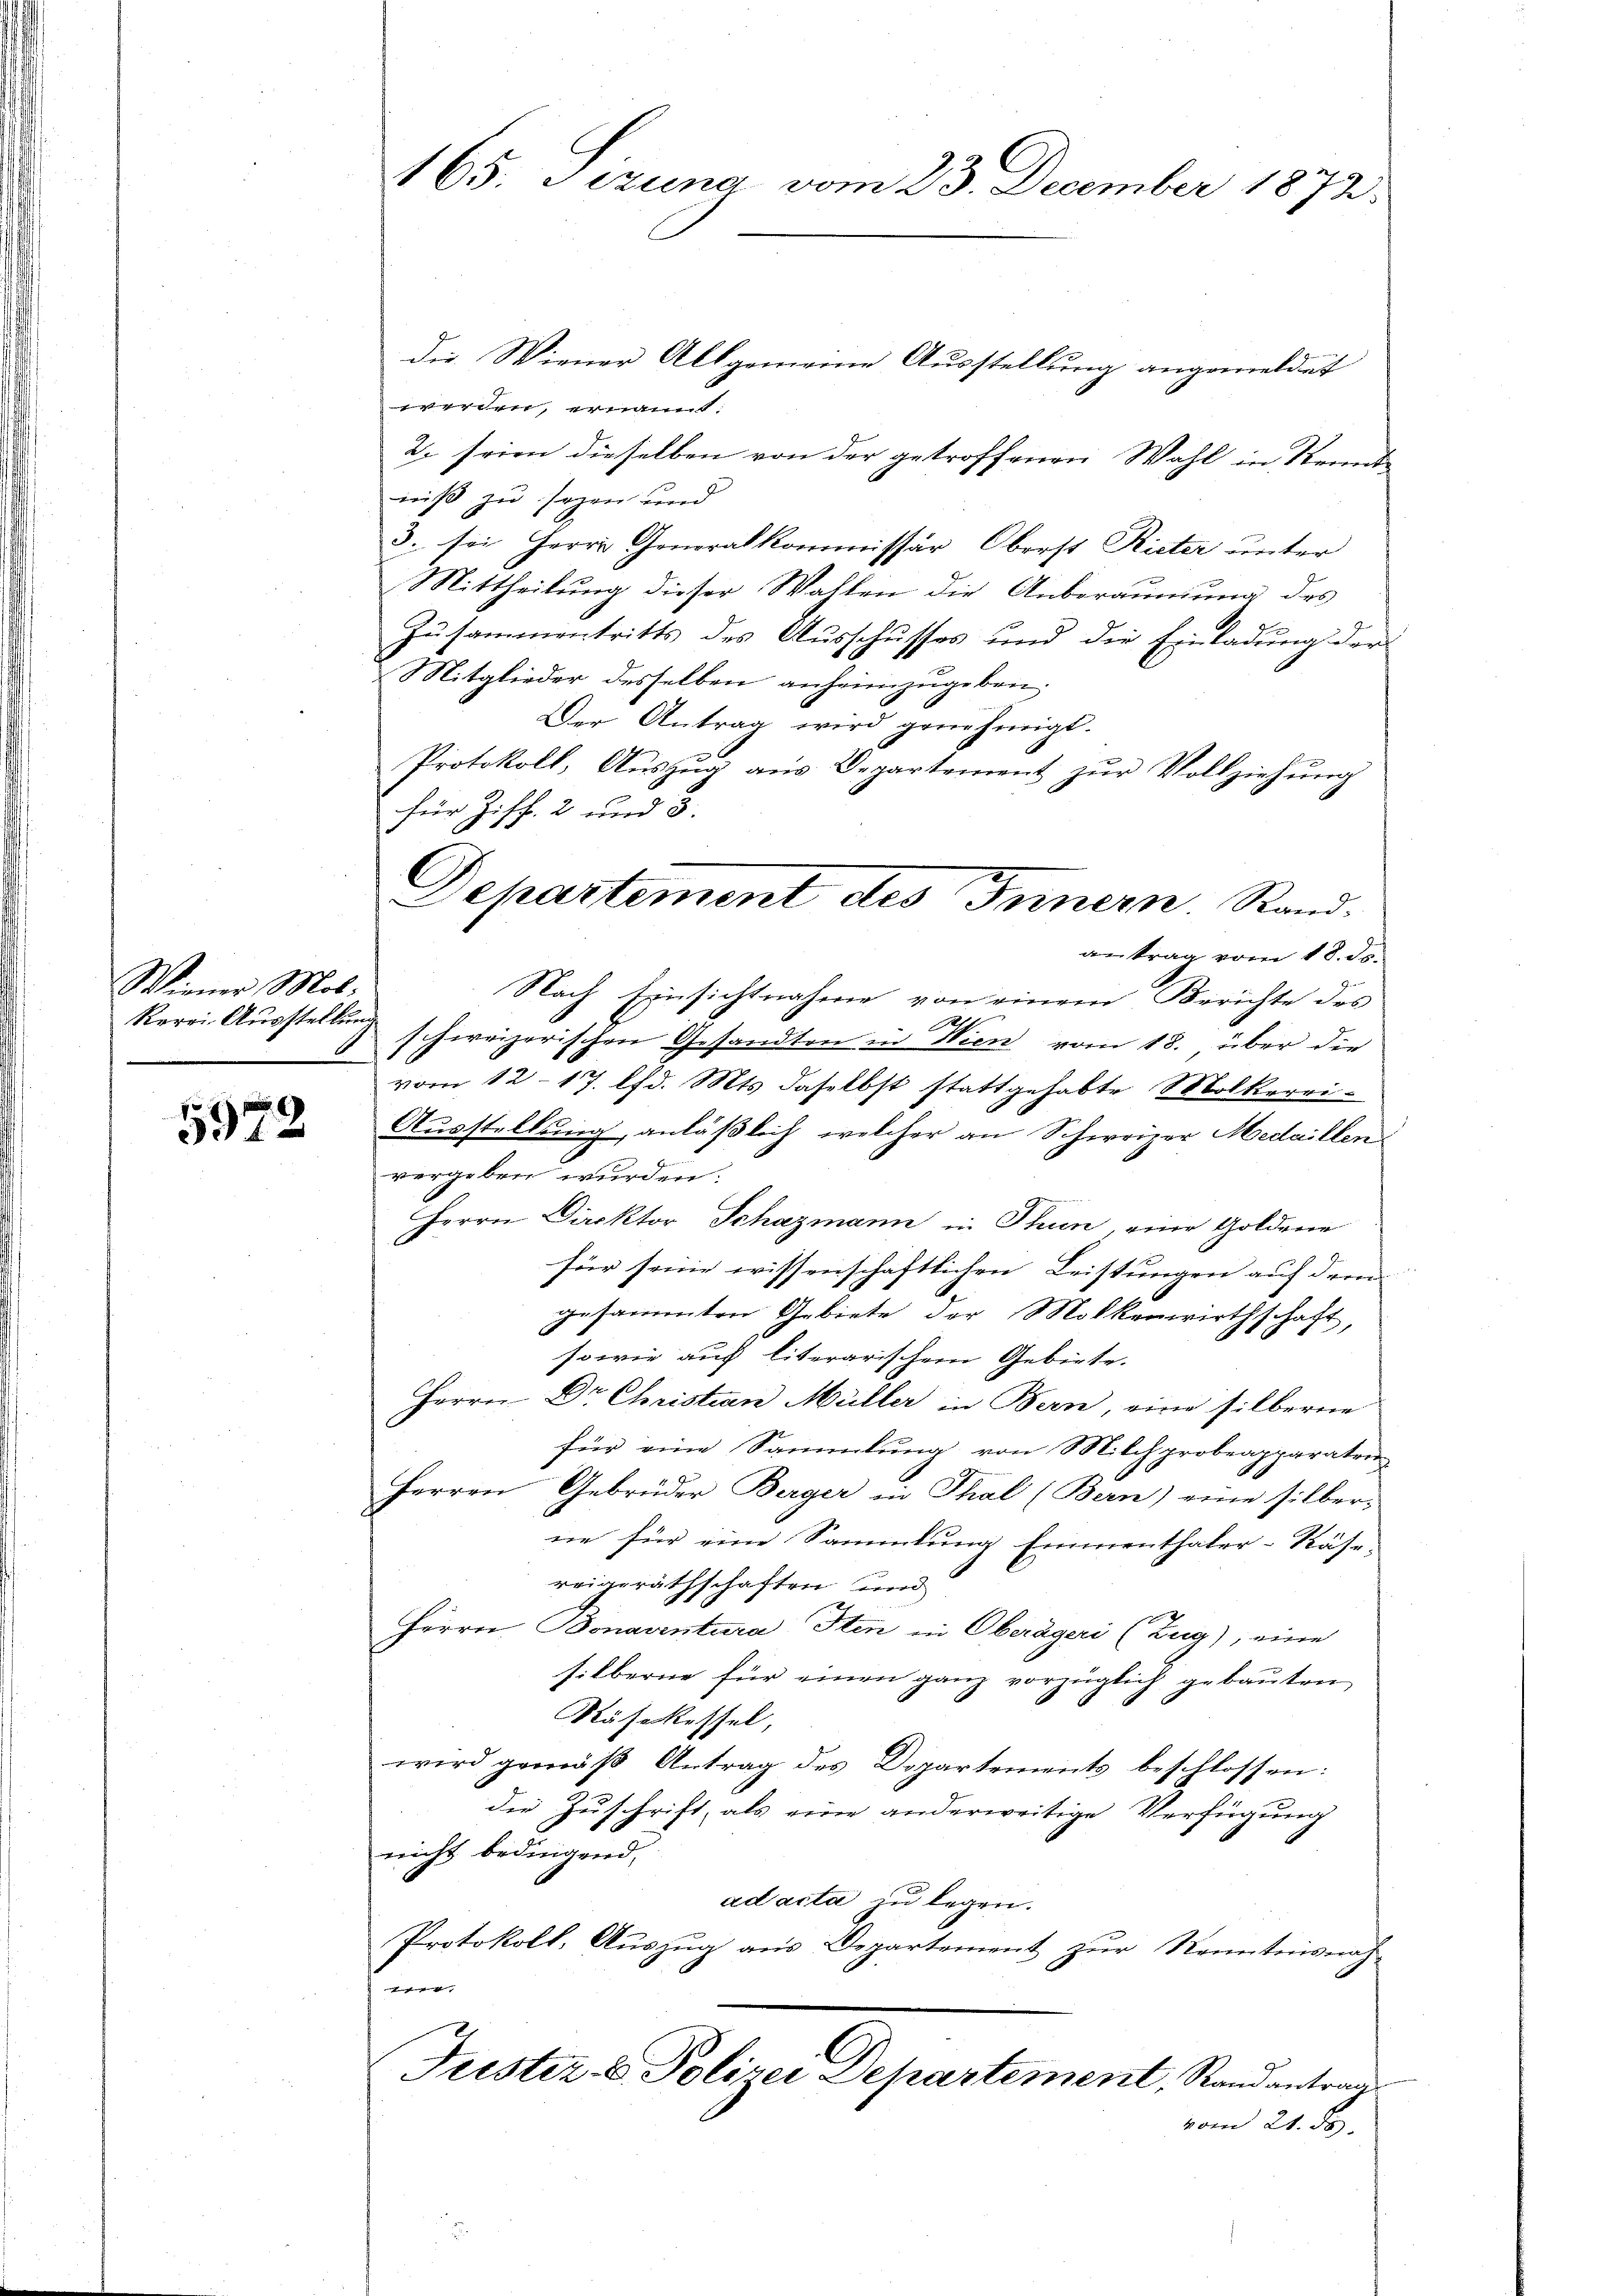
Wiener Mol¬
Rerri- Ausstellung

5972

165. Sezuna vom 23. December 1872

Departement des Innern Stand.
antrag vom 18. ds.
Nach Einsichtnahme von einem Berichte des
Ath.
schweizerischen Gesandten in Wien vom 18. über die

die Wiener Allgemeine Ausstellung angemeldet
werden, ernannt:
2. seien dieselben von der getroffenen Wahl in Neunte
niß zu sagen und
3. sei Herrn Generalkommissär, Oberst Rieter unter
Mittheilung dieser Wahlen die Anberaumung des
Zusammentritts des Ausschusses und die Einladung der
Mitglieder desselben anheimzugeben.
Der Antrag wird genehmigt.
Protokoll, Aŭszŭg aŭs Departement zŭr Vollziehŭng
für Ziff. 2 und 3.
vom 12. 17. lfd. Mts. daselbst stattgehabte Molkerei-
Ausstellung, anläßlich, welcher an Schweizer Medaillen
vergeben wurden.
Herrn Direktor Schazmann in Thun, eine Goldene
für seine wissenschaftlichen Leistungen auf dem
gesammten Gebiete der Molkenwirthschaft,
sowie auf literarischem Gebiete.
Herrn Dr Christian Müller in Bern, eine silberne
für eine Sammlung von Milchprobeapparaten
Herren Gebrüder Berger in Thal (Bern) eine silber-
ne für eine Sammlung Emmenthaler-Näse-
reigeräthschaften und
2
Herrn Bonaventura Iten in Oberägeri (Zug); eine
silberne für einen ganz vorzüglich gebauten,
Räsekessel,
wird gemäß Antrag des Departements beschlossen:
die Zuschrift, als eine anderweitige Verfügung
nicht bedingend,
ad acta zu legen.
Protokoll, Aŭszŭg aŭs Departement zŭr Kenntnisnah
n
Justiz- & Polizei Departement, Randantrage
vom 21. ds.